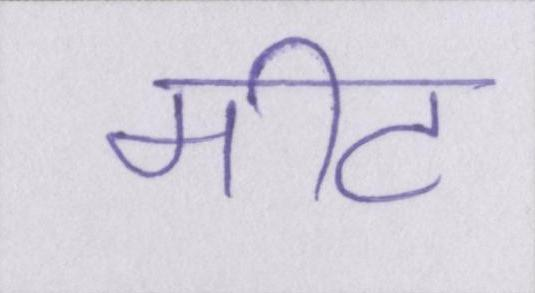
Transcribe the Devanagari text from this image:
मीट